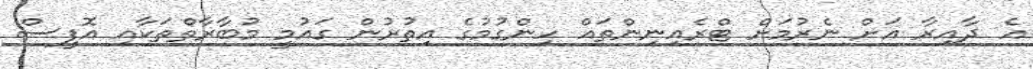
އެ ދާއިރާ އަށް ނެރުމަށް ޓްރެއިނިންތައް ހިންގުމުގެ އިތުރުން ގައުމީ މުބާރާތްތަކާއި އޮފީސް